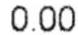
0.00